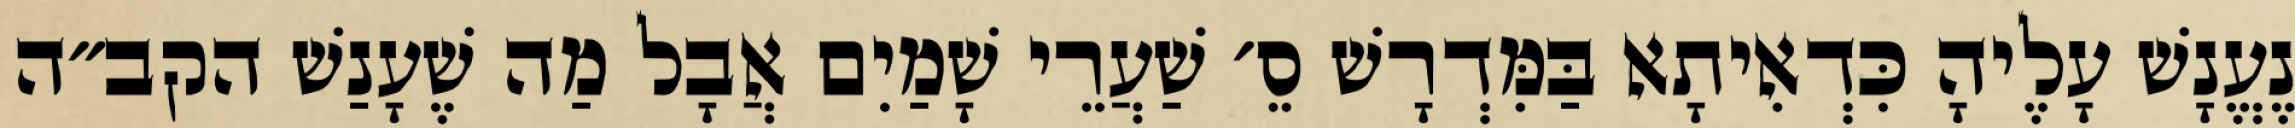
נֶעֱנָשׁ עָלֶיהָ כִּדְאִיתָא בַּמִּדְרָשׁ סֵ׳ שַׁעֲרֵי שָׁמַיִם אֲבָל מַה שֶׁעָנַשׁ הקב״ה